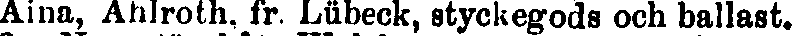
Aina, Ahlroth. fr. Lübeck, styckegods och ballast.